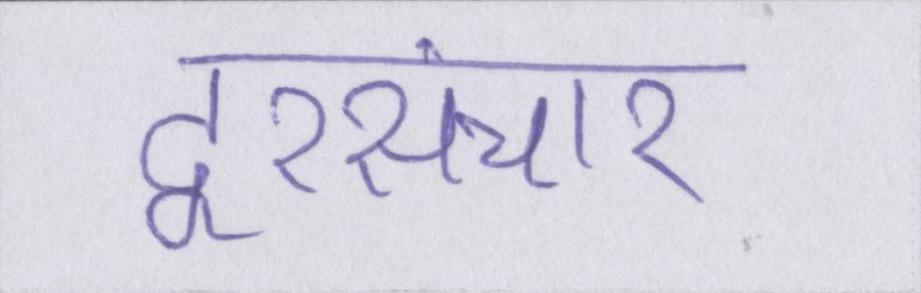
दूरसंचार